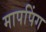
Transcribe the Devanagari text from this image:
मापपिंग